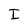
Character: I